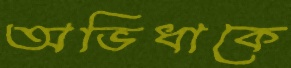
অভিধাকে